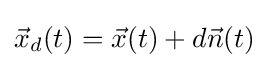
{\vec {x}}_{d}(t)={\vec {x}}(t)+d{\vec {n}}(t)